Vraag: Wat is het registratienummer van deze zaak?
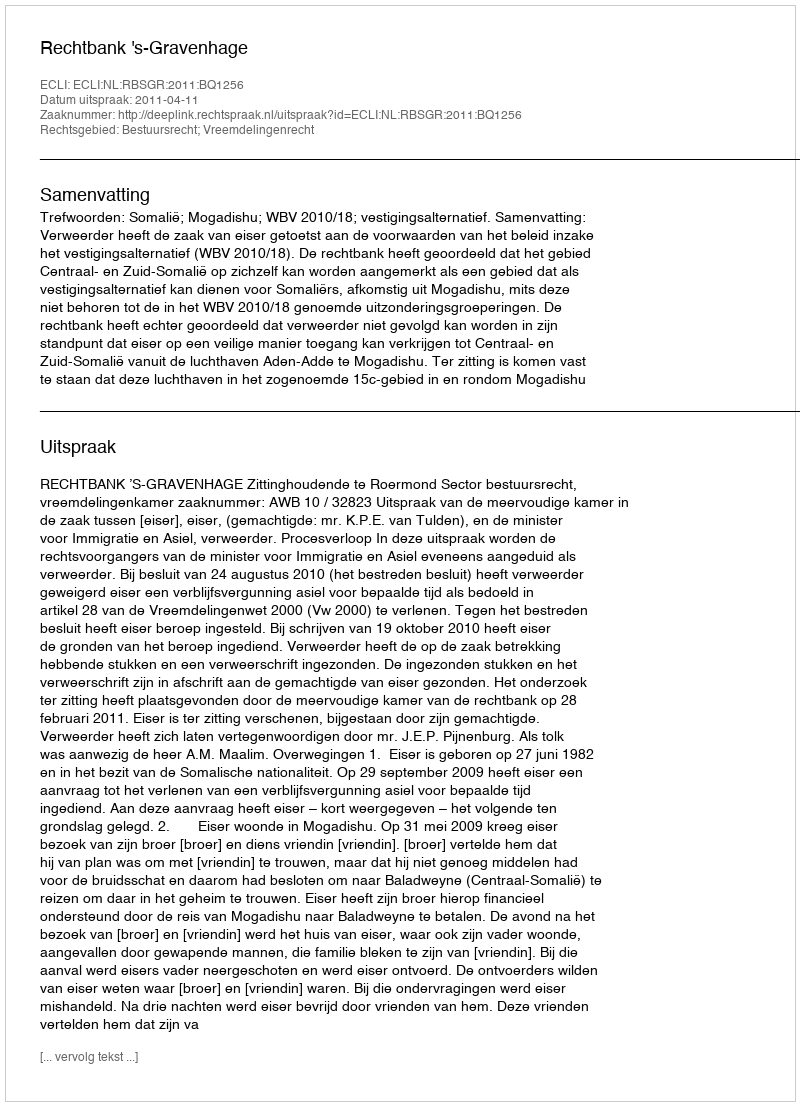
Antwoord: http://deeplink.rechtspraak.nl/uitspraak?id=ECLI:NL:RBSGR:2011:BQ1256